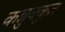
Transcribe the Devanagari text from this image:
कन्नुक्कुल